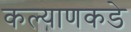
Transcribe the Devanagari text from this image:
कल्याणकडे